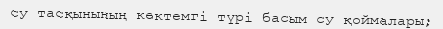
су тасқынының көктемгі түрі басым су қоймалары;